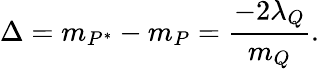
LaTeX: \Delta=m_{P^{*}}-m_{P}={\frac{-2\lambda_{Q}}{m_{Q}}}.